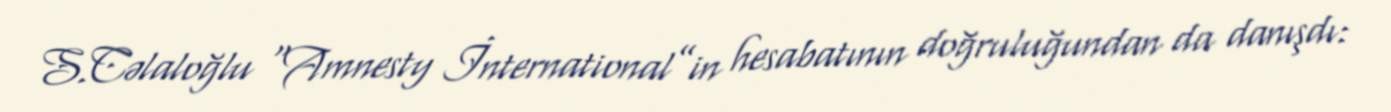
S.Cəlaloğlu “Amnesty İnternational”in hesabatının doğruluğundan da danışdı: